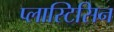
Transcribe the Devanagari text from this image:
प्लास्टिसिन